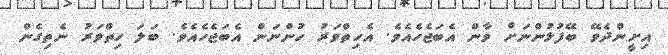
އިށީންދެވޭ ބޭފުޅުންނަށް ވާން އެބަޖެހެއެވެ. އެހިތްވަރު ހުންނަން އެބަޖެހެއެވެ. ބަލަ ހިތްވަރު ނެތިގެން